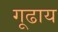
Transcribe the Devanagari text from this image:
गूढाय